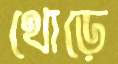
থোড়ে